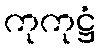
ကုကုဋ္ဌံ